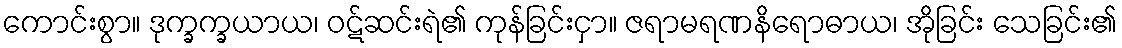
ကောင်းစွာ။ ဒုက္ခက္ခယာယ၊ ဝဋ်ဆင်းရဲ၏ ကုန်ခြင်းငှာ။ ဇရာမရဏနိရောဓာယ၊ အိုခြင်း သေခြင်း၏